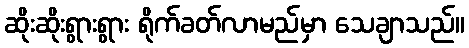
ဆိုးဆိုးရွားရွား ရိုက်ခတ်လာမည်မှာ သေချာသည်။